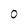
Character: 0